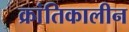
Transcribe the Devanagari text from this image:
क्रांतिकालीन